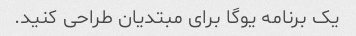
یک برنامه یوگا برای مبتدیان طراحی کنید.